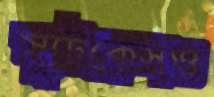
স্যুটকেসও